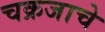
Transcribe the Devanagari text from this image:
चक्रजाचे